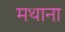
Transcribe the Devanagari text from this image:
मथाना